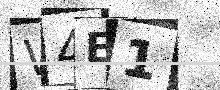
Text: W4E1